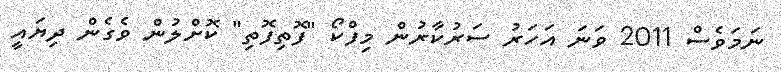
ނަމަވެސް 2011 ވަނަ އަހަރު ސަރުކާރުން މިފްކޯ "ފޮތިފޮތި" ކޮށްލުން ވެގެން ދިޔައީ